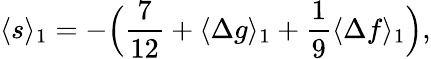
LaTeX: \begin{array}{ccc}{\displaystyle{\langle s\rangle_{1}=-\Big(\frac{7}{12}+\langle\Delta g\rangle_{1}+\frac{1}{9}\langle\Delta f\rangle_{1}\Big),}}\end{array}